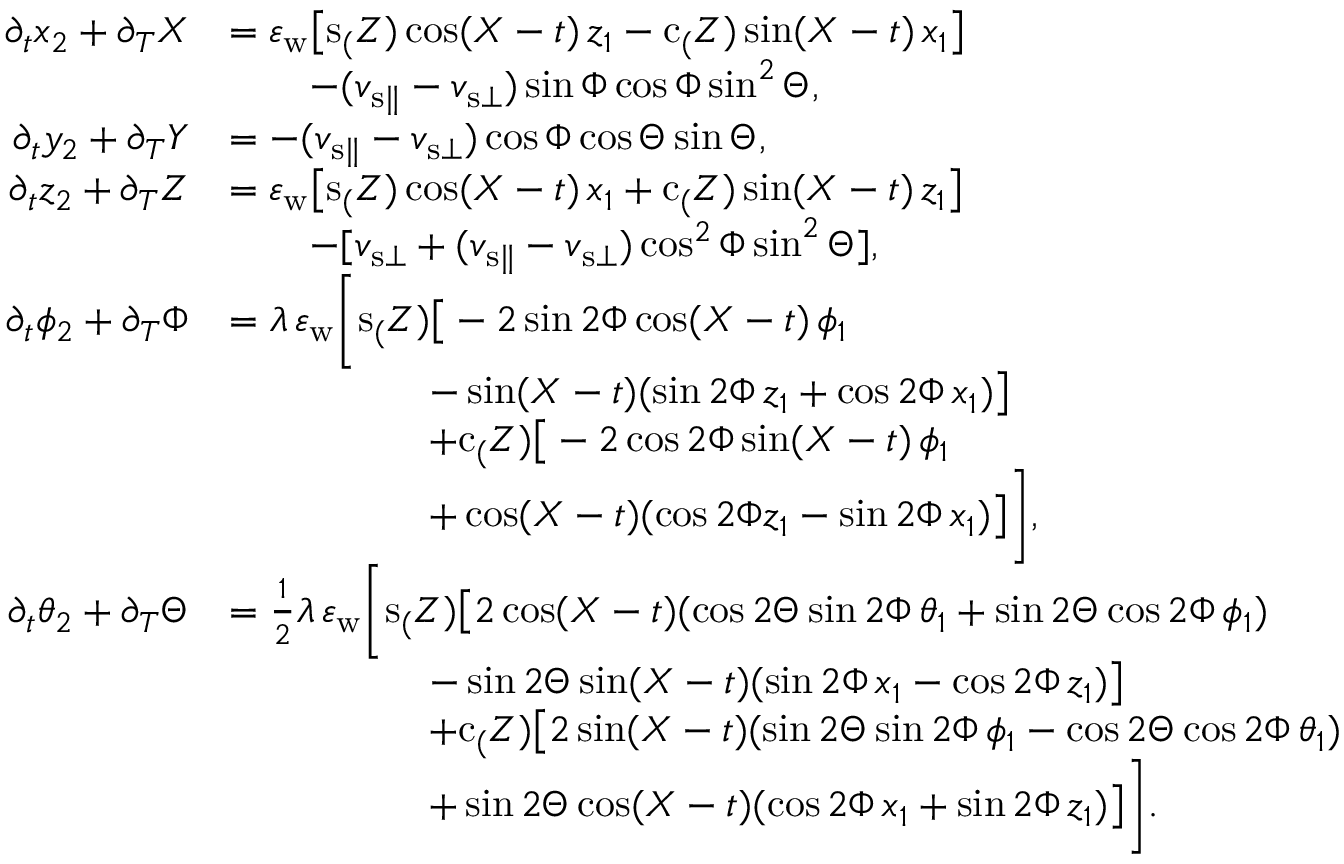
\begin{array} { r l } { \partial _ { t } x _ { 2 } + \partial _ { T } X } & { = \varepsilon _ { \mathrm { w } } \big [ \mathrm { s } _ ( Z ) \cos ( X - t ) \, z _ { 1 } - \mathrm { c } _ ( Z ) \sin ( X - t ) \, x _ { 1 } \big ] } \\ & { \qquad - ( v _ { { \mathrm { s } } \parallel } - v _ { { \mathrm { s } } \bot } ) \sin \Phi \cos \Phi \sin ^ { 2 } \Theta , } \\ { \partial _ { t } y _ { 2 } + \partial _ { T } Y } & { = - ( v _ { { \mathrm { s } } \parallel } - v _ { { \mathrm { s } } \bot } ) \cos \Phi \cos \Theta \sin \Theta , } \\ { \partial _ { t } z _ { 2 } + \partial _ { T } Z } & { = \varepsilon _ { \mathrm { w } } \big [ \mathrm { s } _ ( Z ) \cos ( X - t ) \, x _ { 1 } + \mathrm { c } _ ( Z ) \sin ( X - t ) \, z _ { 1 } \big ] } \\ & { \qquad - [ v _ { { \mathrm { s } } \bot } + ( v _ { { \mathrm { s } } \parallel } - v _ { { \mathrm { s } } \bot } ) \cos ^ { 2 } \Phi \sin ^ { 2 } \Theta ] , } \\ { \partial _ { t } { \phi _ { 2 } } + \partial _ { T } \Phi } & { = \lambda \, \varepsilon _ { \mathrm { w } } \bigg [ \mathrm { s } _ ( Z ) \big [ - 2 \sin { 2 \Phi } \cos ( X - t ) \, \phi _ { 1 } } \\ & { \qquad \qquad \quad - \sin ( X - t ) ( \sin { 2 \Phi } \, z _ { 1 } + \cos { 2 \Phi } \, x _ { 1 } ) \big ] } \\ & { \qquad \qquad \quad + \mathrm { c } _ ( Z ) \big [ - 2 \cos { 2 \Phi } \sin ( X - t ) \, \phi _ { 1 } } \\ & { \qquad \qquad \quad + \cos ( X - t ) ( \cos { 2 \Phi } z _ { 1 } - \sin { 2 \Phi } \, x _ { 1 } ) \big ] \bigg ] , } \\ { \partial _ { t } { \theta _ { 2 } } + \partial _ { T } \Theta } & { = \frac { 1 } { 2 } \lambda \, \varepsilon _ { \mathrm { w } } \bigg [ \mathrm { s } _ ( Z ) \big [ 2 \cos ( X - t ) ( \cos { 2 \Theta } \sin { 2 \Phi } \, \theta _ { 1 } + \sin { 2 \Theta } \cos { 2 \Phi } \, \phi _ { 1 } ) } \\ & { \qquad \qquad \quad - \sin { 2 \Theta } \sin ( X - t ) ( \sin { 2 \Phi } \, x _ { 1 } - \cos { 2 \Phi } \, z _ { 1 } ) \big ] } \\ & { \qquad \qquad \quad + \mathrm { c } _ ( Z ) \big [ 2 \sin ( X - t ) ( \sin { 2 \Theta } \sin { 2 \Phi } \, \phi _ { 1 } - \cos { 2 \Theta } \cos { 2 \Phi } \, \theta _ { 1 } ) } \\ & { \qquad \qquad \quad + \sin { 2 \Theta } \cos ( X - t ) ( \cos { 2 \Phi } \, x _ { 1 } + \sin { 2 \Phi } \, z _ { 1 } ) \big ] \bigg ] . } \end{array}